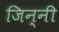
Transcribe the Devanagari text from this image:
जिन्नी